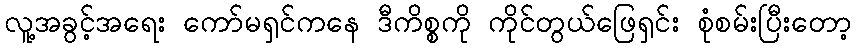
လူ့အခွင့်အရေး ကော်မရှင်ကနေ ဒီကိစ္စကို ကိုင်တွယ်ဖြေရှင်း စုံစမ်းပြီးတော့